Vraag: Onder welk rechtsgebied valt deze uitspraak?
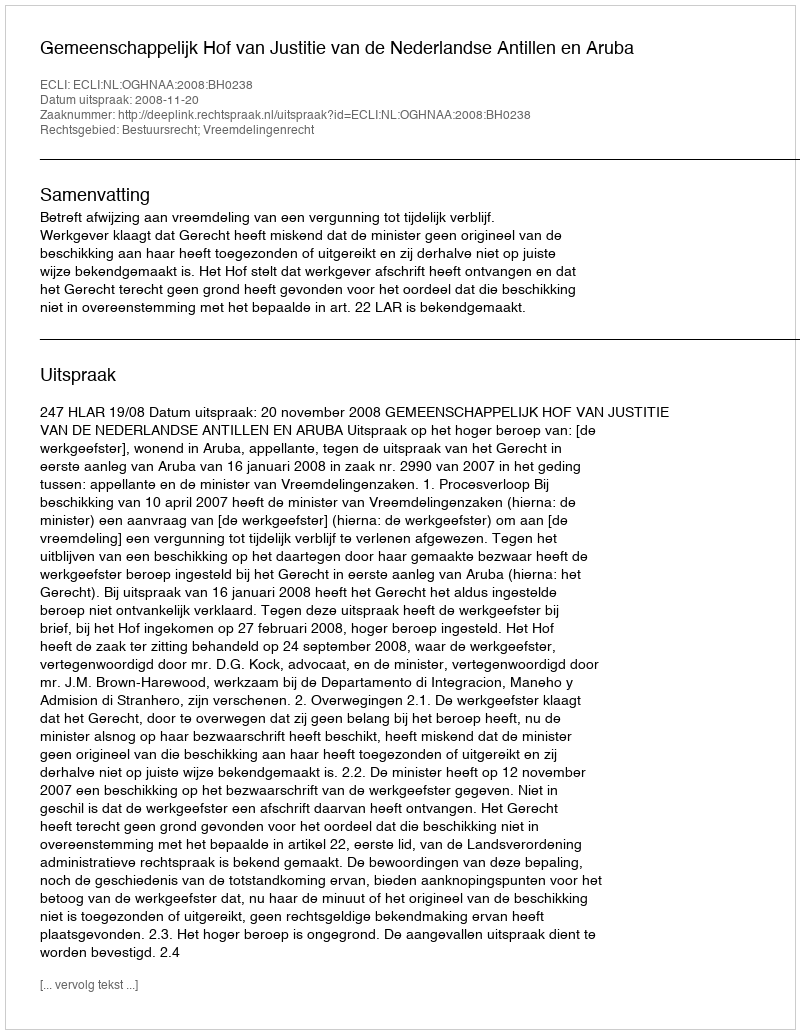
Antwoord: Bestuursrecht; Vreemdelingenrecht